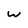
Character: w